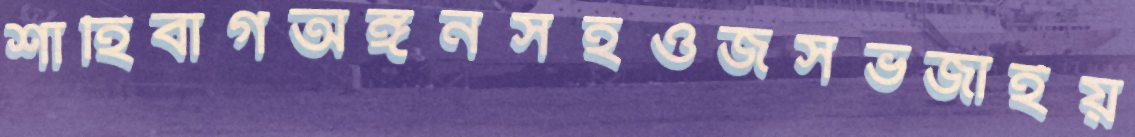
শাহিবাগঅঙ্গনসহওজসভজাইয়